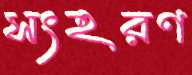
সংহরণ